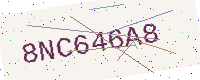
Text: 8NC646A8